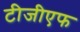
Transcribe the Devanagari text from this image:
टीजीएफ